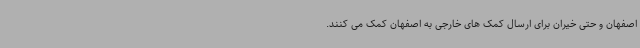
اصفهان و حتی خیران برای ارسال کمک های خارجی به اصفهان کمک می کنند.